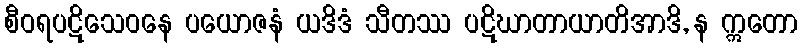
စီဝရပဋိသေဝနေ ပယောဇနံ ယဒိဒံ သီတဿ ပဋိဃာတာယာတိအာဒိ, န ဣတော